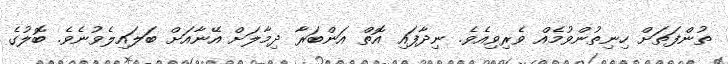
ތުންފަތަށް ހިނިތުންވުމެއް ވެރިވިއެވެ. ނިދާފައި އޮތް އަންބަރާ ދިމާލަށް އޭނާއަށް ބަލައިލެވުނެވެ. ބޮލުގެ